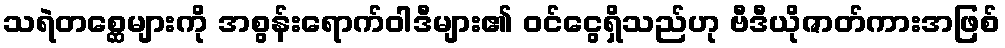
သရဲတစ္ဆေများကို အစွန်းရောက်ဝါဒီများ၏ ဝင်ငွေရှိသည်ဟု ဗီဒီယိုဇာတ်ကားအဖြစ်